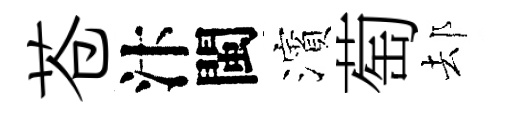
苍汴閩濱萄𨚫